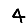
Digit: 4